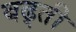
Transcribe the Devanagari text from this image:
बढ्ती